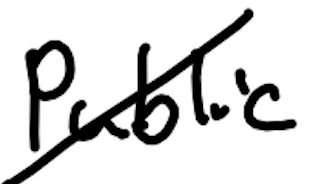
Text: public
Cross-out: diagonal
Writing tool: digital_black